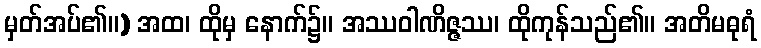
မှတ်အပ်၏။) အထ၊ ထိုမှ နောက်၌။ အဿဝါဏိဇ္ဇဿ၊ ထိုကုန်သည်၏။ အတိမဓုရံ